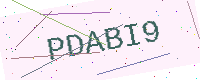
Text: PDABI9